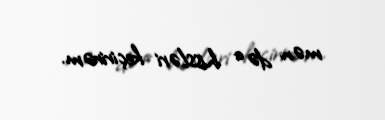
mən də o hissləri keçirirəm.